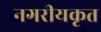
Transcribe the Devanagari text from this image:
नगरीयकृत